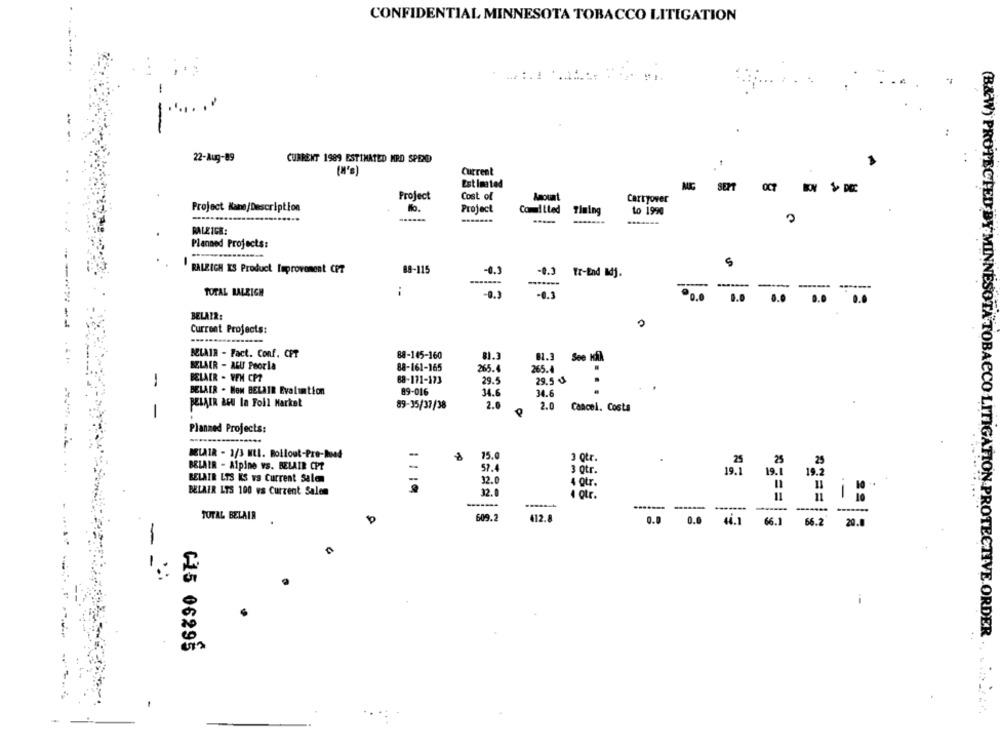
CONFIDENTIAL MINNESOTA TOBACCO LITIGATION
..:.!
-
-
22-Aug-89
CURRENT 1989 ESTIMATED MRO SPEXD
[M's)
Current
Estimated
MIC
SEPT
OCT
Project
Cost of
Amount
Carryover
Project Name/Description
Project
Committed
to 1990
Timing
RALEIGH:
Planned Projects:
RALEIGH IS Product Improvement CPT
88-115
-0.3
-0.3 Tr-End Mdj.
-------
TOTAL LALEIGH
-0.3
0.
0.0
BELAIR:
Current Projects:
BELAIR - Fact. Conf. CPT
88-145-160
81.3
81.3 See IfA
BELAIR - ALU Peorla
88-161-165
265.
265.4
--
BELAER - YEH CPT
88-171-173
29.5
29.5 ₺
BELAIR . MOM BELAIR Evaluation
89-016
«/t/SC-68
34.6
34.6
BELAIR AGU In Foll Market
2.0
-
2.0 Cancel. Costa
Planned Projects:
BELAIR - 1/3 MIL. Rollout-Pre-hond
-.
15.0
3 otr.
25
BELAIR - Alpine WS. BELAIR CPT
25
25
57.4
3 0tr.
19.1
19.1
19.2
BELAIR LTS KS vS Current Salam
-
32.0
4 Qtr.
BELAIR LTS 100 vs Current Salen
32.0
4 otr.
11
-------
--- -
TOTAL BELAIR
609.2
412.8
0.0
44.1
66.1
66.2
20.0
-
(B&W) PROTECTED BY MINNESOTA TOBACCO LITIGATION PROTECTIVE.ORDER .
C-15 06298